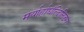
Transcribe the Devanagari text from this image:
मर्यार्हाघंत्दिलिडग